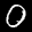
Digit: 0